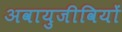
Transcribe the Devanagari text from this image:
अवायुजीवियों